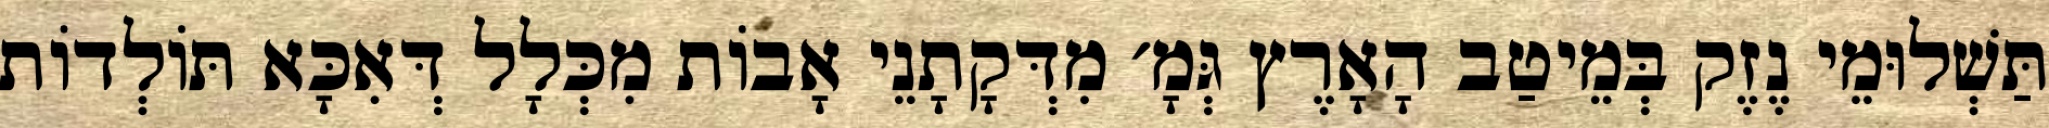
תַּשְׁלוּמֵי נֶזֶק בְּמֵיטַב הָאָרֶץ גְּמָ׳ מִדְּקָתָנֵי אָבוֹת מִכְּלָל דְּאִכָּא תּוֹלְדוֹת